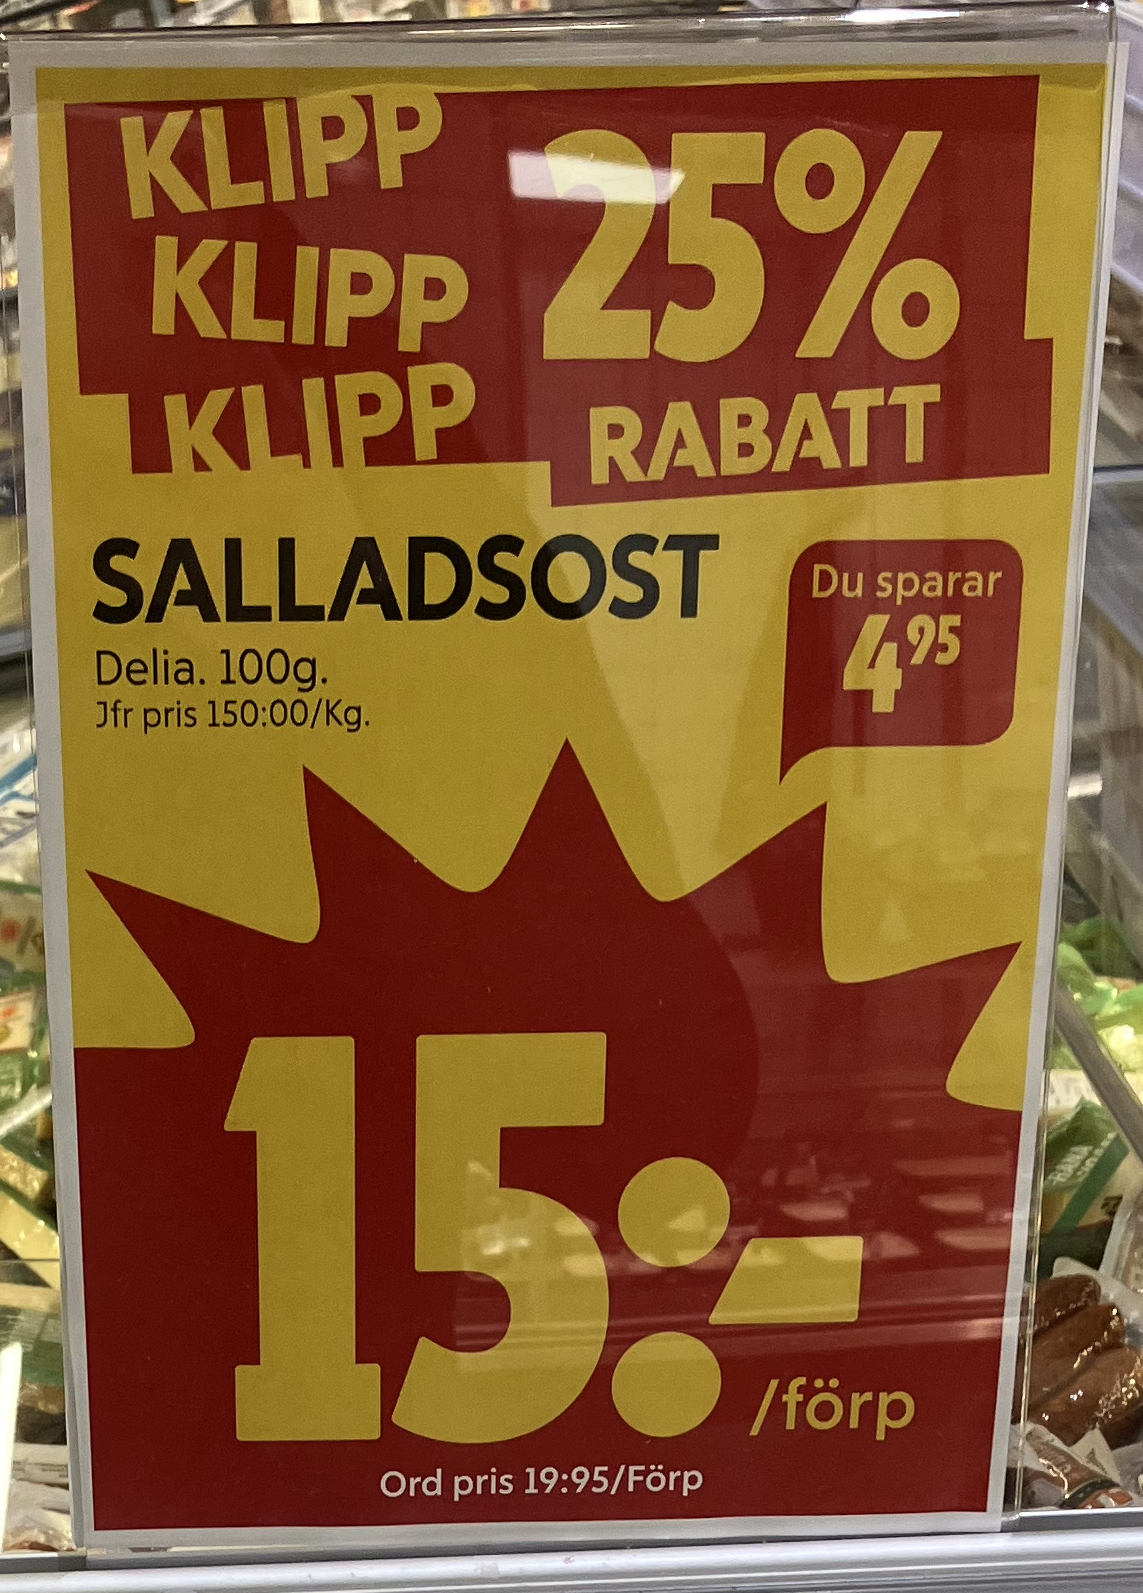
Vara: Salladsost
Genomsnittspris: 150 per kg